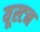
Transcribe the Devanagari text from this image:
यूस्टन